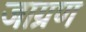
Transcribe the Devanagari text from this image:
जाग्रण